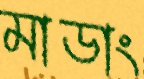
মাডাং